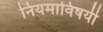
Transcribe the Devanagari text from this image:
नियमाविषयी